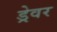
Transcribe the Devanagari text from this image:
ड्रेवर